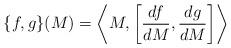
LaTeX: \begin{align*}\{f,g\}(M)=\left\langle M,\left[\frac{df}{dM},\frac{dg}{dM}\right]\right\rangle\end{align*}